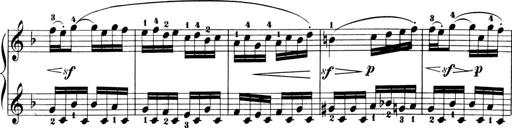
Title: 6 Piano Sonatinas
Composer: Cornelius Gurlitt